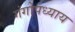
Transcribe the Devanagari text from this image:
गंगोपध्याय